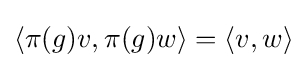
\langle \pi (g)v,\pi (g)w\rangle =\langle v,w\rangle